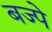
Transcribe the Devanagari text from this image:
बज्पे